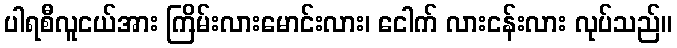
ပါရစီလူငယ်အား ကြိမ်းလားမောင်းလား၊ ငေါက် လားငန်းလား လုပ်သည်။